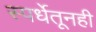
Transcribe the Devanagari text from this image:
स्पर्धेतूनही